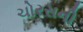
ચોરસની